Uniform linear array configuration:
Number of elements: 4
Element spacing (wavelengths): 1
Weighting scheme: uniform
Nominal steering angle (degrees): -30
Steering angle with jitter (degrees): -31.523
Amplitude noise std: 0.05
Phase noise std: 0.05

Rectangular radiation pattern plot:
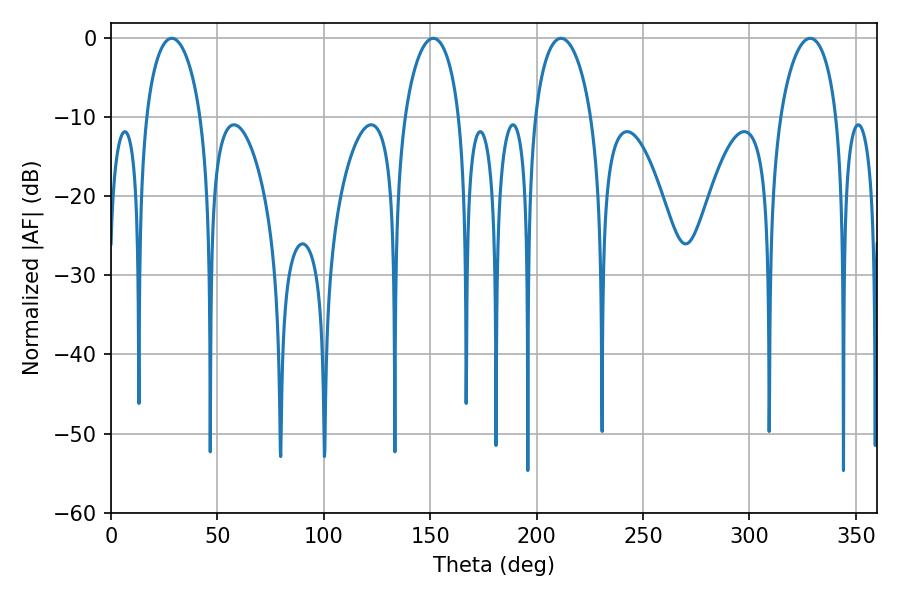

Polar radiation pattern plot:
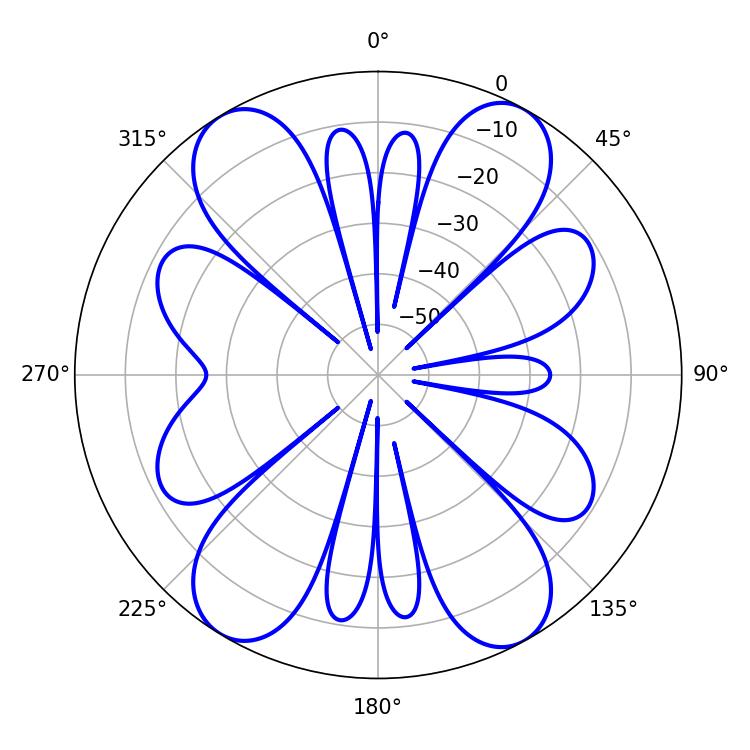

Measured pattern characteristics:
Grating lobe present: TRUE
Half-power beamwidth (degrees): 15.3
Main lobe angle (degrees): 328.5